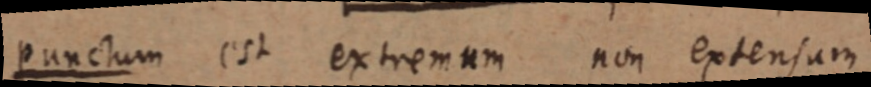
punctum est extremam non extensam o